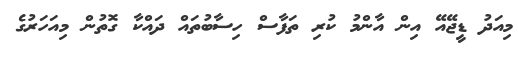
މިއަދު ޑީޖޭއޭ އިން އާންމު ކުރި ތަފާސް ހިސާބުތައް ދައްކާ ގޮތުން މިއަހަރުގެ